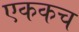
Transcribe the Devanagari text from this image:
एककच